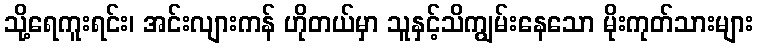
သို့ရေကူးရင်း၊ အင်းလျားကန် ဟိုတယ်မှာ သူနှင့်သိကျွမ်းနေသော မိုးကုတ်သားများ